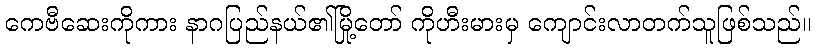
ကေဗီဆေးကိုကား နာဂပြည်နယ်၏မြို့တော် ကိုဟီးမားမှ ကျောင်းလာတက်သူဖြစ်သည်။